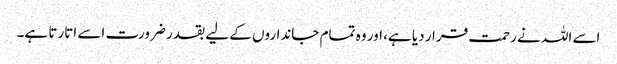
اسے اللہ نے رحمت قرار دیا ہے، اور وہ تمام جانداروں کے لیے بقدر ضرورت اسے اتارتا ہے۔